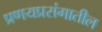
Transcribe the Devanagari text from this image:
प्रणयप्रसंगातील